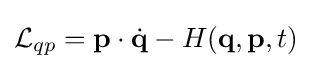
{\mathcal {L}}_{qp}=\mathbf {p} \cdot {\dot {\mathbf {q} }}-H(\mathbf {q} ,\mathbf {p} ,t)